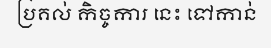
ប្រគល់ កិច្ចការ នេះ ទៅកាន់